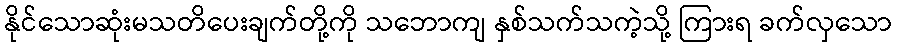
နိုင်သောဆုံးမသတိပေးချက်တို့ကို သဘောကျ နှစ်သက်သကဲ့သို့ ကြားရ ခက်လှသော